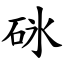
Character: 砯